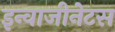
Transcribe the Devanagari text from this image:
इन्वाजीनेटस